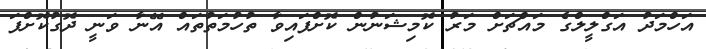
އަހްމަދު އަގްލީލްގެ މައްޗަށް މަރު ކޮމިޝަނުން ކޮށްފައިވާ ތުހުމަތުތައް އޭނާ ވަނީ ދޮގުކޮށްފަ